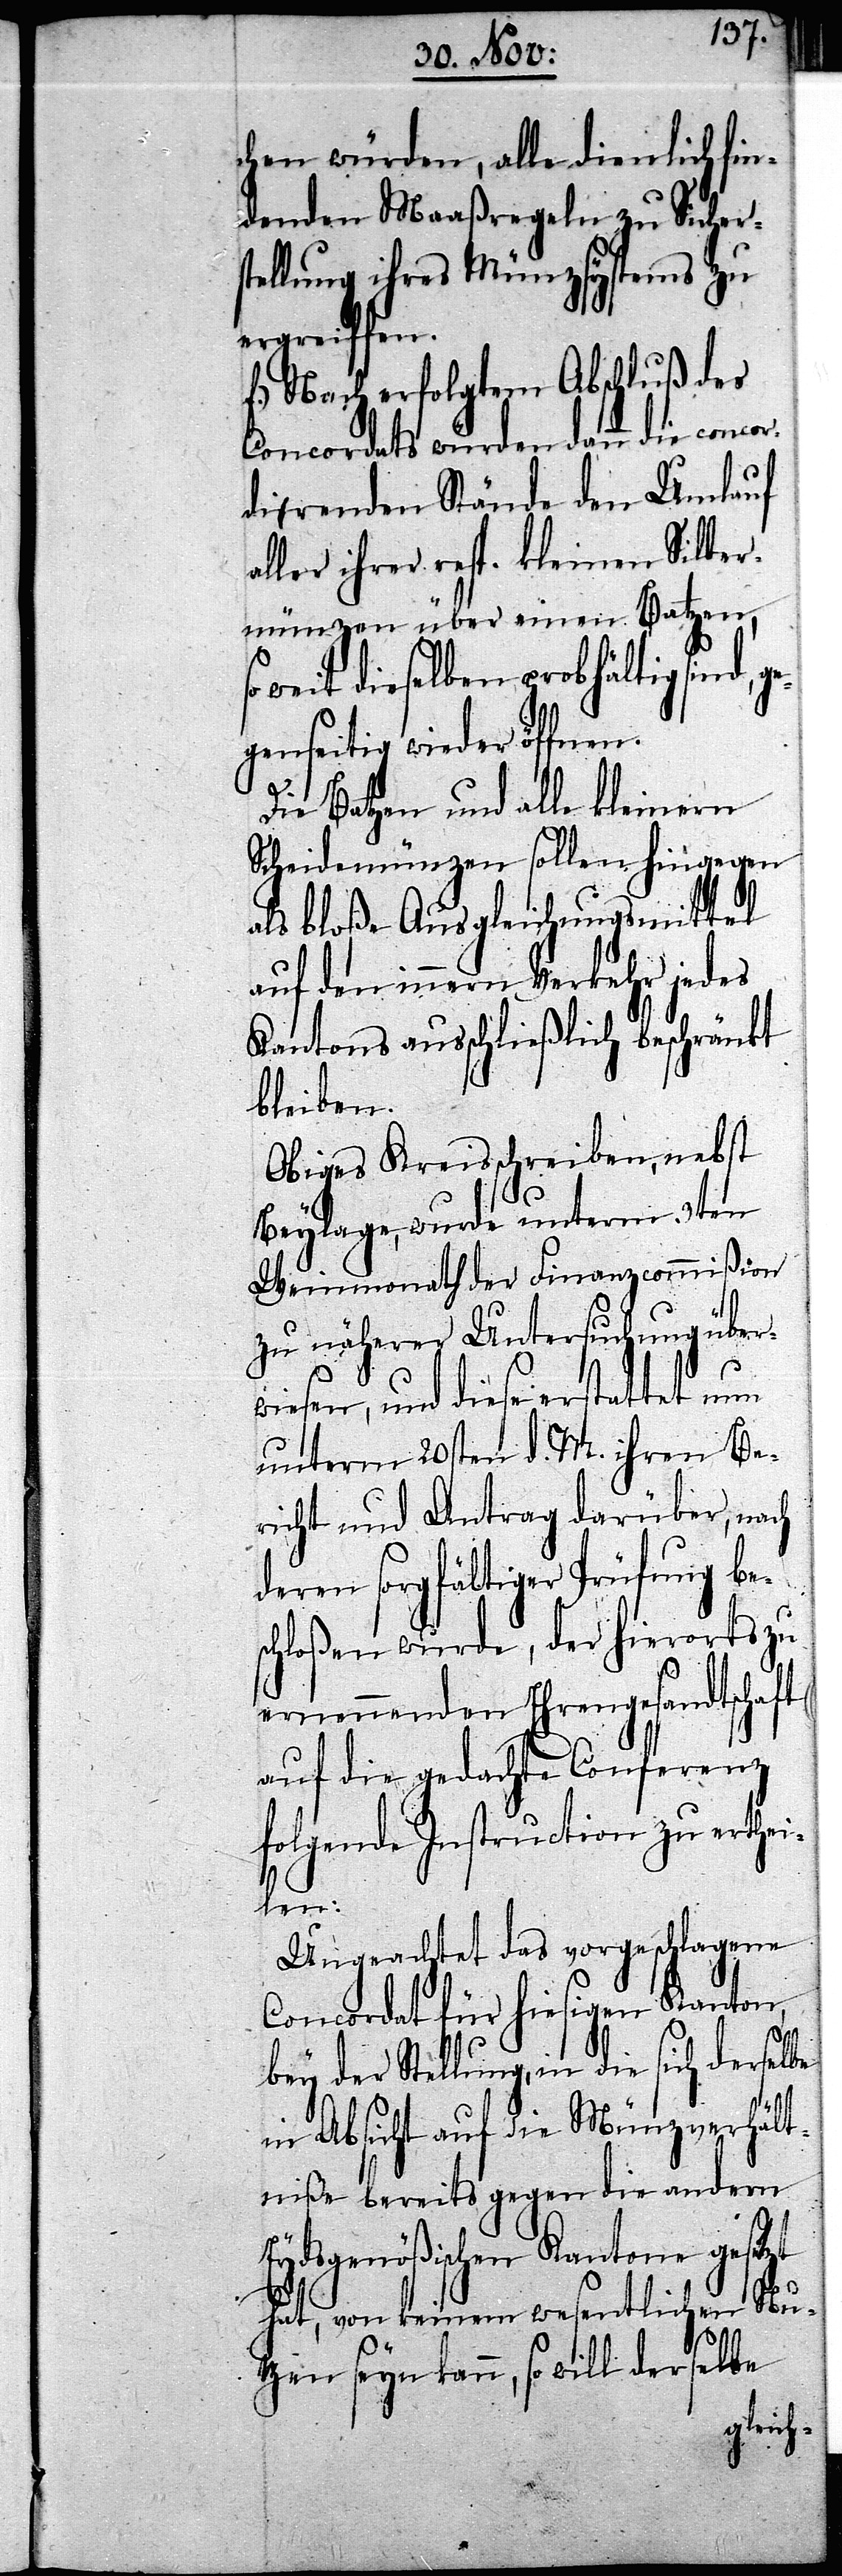
chen würden, alle dienlich fin¬
denden Maaßregeln zu Sichers¬
tellung ihres Münzsystems zu
ergreiffen.
erfolgtem Abschluß des
Concordats würden dann die concordi¬
a-e-arenden Stände den Umlauf
aller ihrer resp. kleinen Silber¬
münzen über einen Batzen,
soweit dieselben grobhältig sind,
egenseitig wieder öffnen.
Die Batzen und alle kleinern
Scheidemünzen sollen hingegen
als bloße Ausgleichungsmittel
auf den innern Verkehr jedes
Kantons ausschließlich beschränkt
bleiben.
Obiges Kreisschreiben, nebst
Beylage, wurde unterm 3ten
Weinmonath der Finanzcommißion
zu näherer Untersuchung über¬
wiesen, und diese erstattet nun
unterm 20sten d. M. ihren Be¬
richt und Antrag darüber, nach
deren sorgfältiger Prüfung bes¬
chloßen wurde, der hierorts zu
ernennenden Ehrengesandtschaft
auf die gedachte Conferenz
folgende Instruction zu erthei¬
len:
Ungeachtet das vorgeschlagene
Concordat für hiesigen Kanton,
g¬
bey der Stellung, in die sich derselbe
in Absicht auf die Münzverhält¬
niße bereits gegen die andern
Eydsgenößischen Kantone gesezt
hat, von keinem wesentlichen Nu¬
tzen seyn kann, so will derselbe